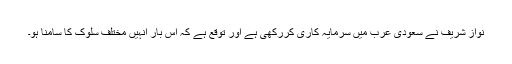
نواز شریف نے سعودی عرب میں سرمایہ کاری کررکھی ہے اور توقع ہے کہ اس بار انہیں مختلف سلوک کا سامنا ہو۔